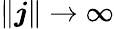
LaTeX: \| \boldsymbol j\| \rightarrow\infty